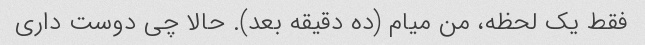
فقط یک لحظه، من میام (ده دقیقه بعد). حالا چی دوست داری